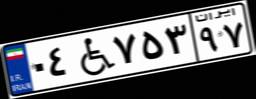
۴۷W۹۲۰۸۸